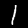
Label: 1